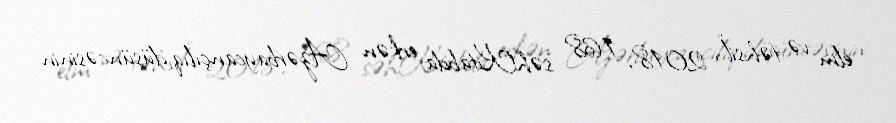
elm və təhsil", 2018, 168 səhKitabda erkən Azərbaycançılıq düşüncəsinin